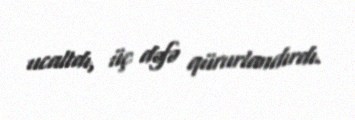
ucaltdı, üç dəfə qürurlandırdı.